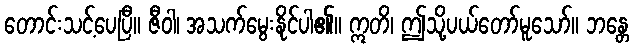
တောင်းသင့်ပေပြီ။ ဇီဝါ၊ အသက်မွေးနိုင်ပါ၏။ ဣတိ၊ ဤသို့ပယ်တော်မူသော်။ ဘန္တေ